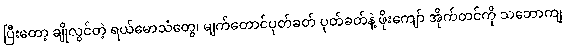
ပြီးတော့ ချိုလွင်တဲ့ ရယ်မောသံတွေ၊ မျက်တောင်ပုတ်ခတ် ပုတ်ခတ်နဲ့ ဖိုးကျော် အိုက်တင်ကို သဘောကျ